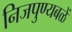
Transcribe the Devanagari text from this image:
निजपुण्यबळें